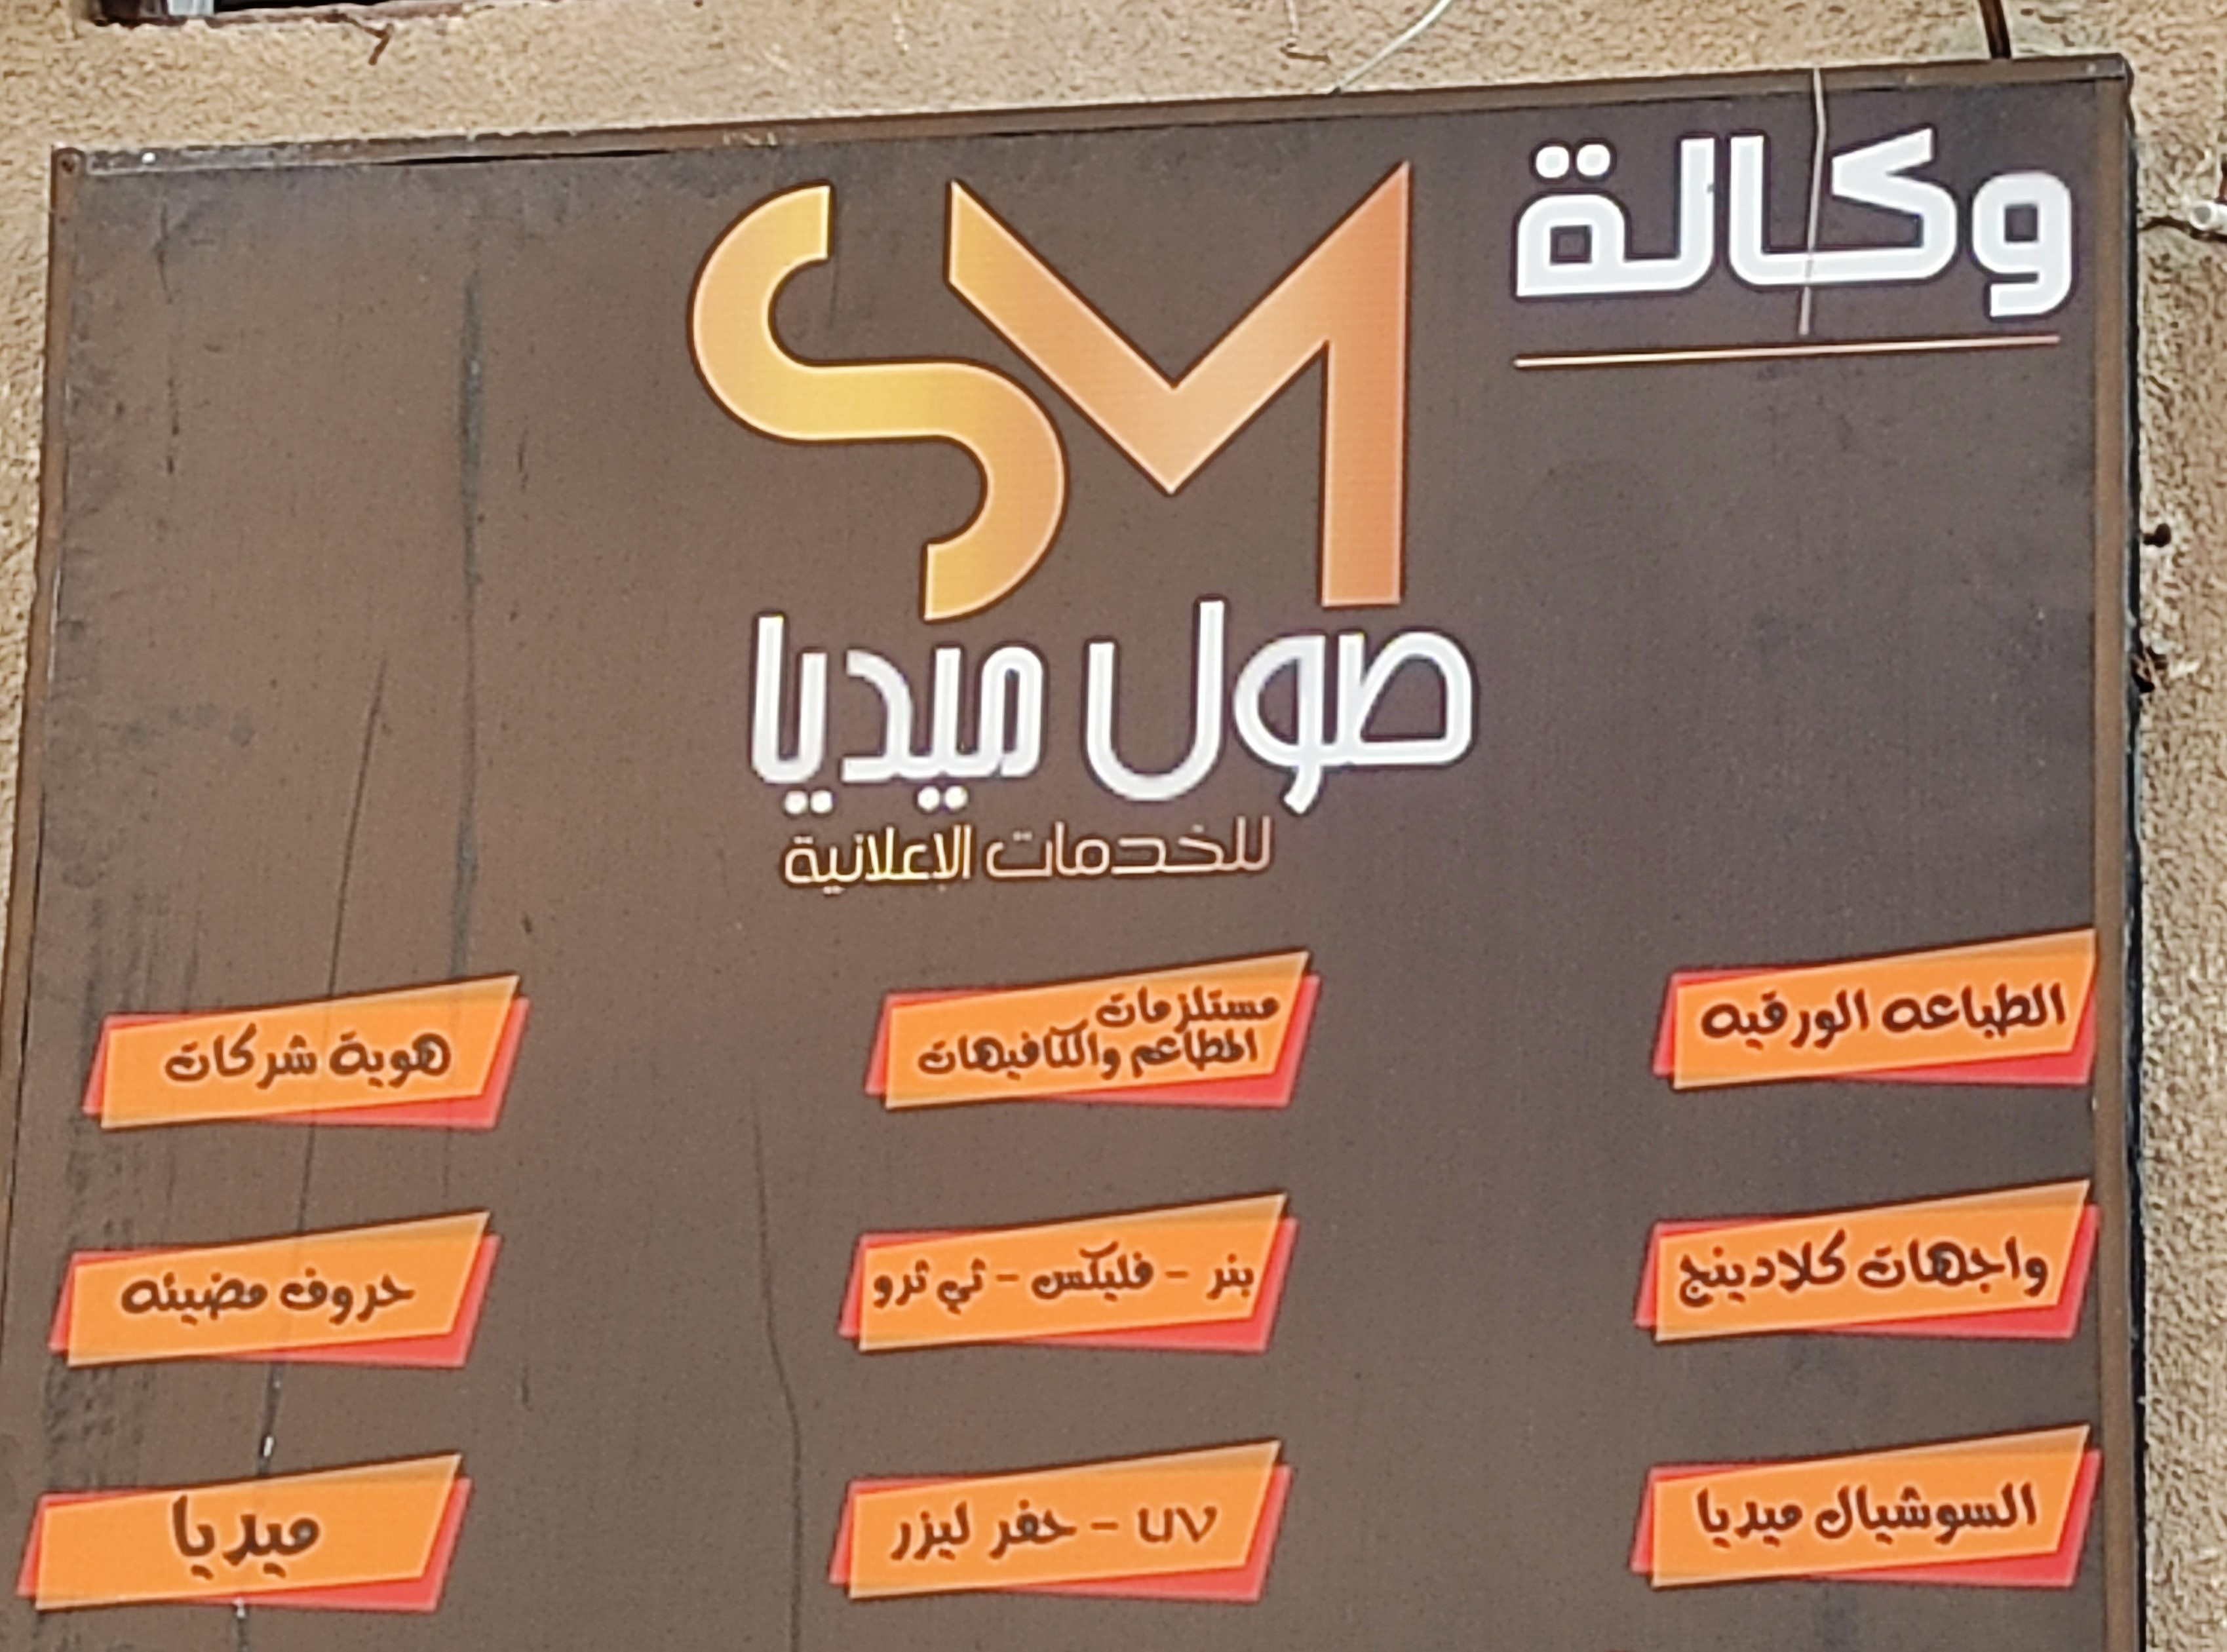
Text in image: وكالة صول ميديا للخدمات الإعلانية مستلزمات الطباعه الورقيه والكافيهات المطاعم هويه شركات واجهات كلادينج فليكس بنر ثي ثرو مضيئه حروف السوشيال ميديا حفر ليزر ميديا SM uv